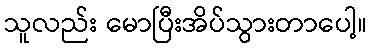
သူလည်း မောပြီးအိပ်သွားတာပေါ့။